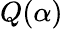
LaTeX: Q(\alpha)